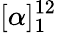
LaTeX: [\alpha]_{1}^{12}